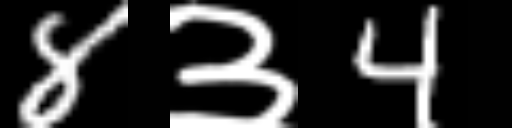
Text: 8३4